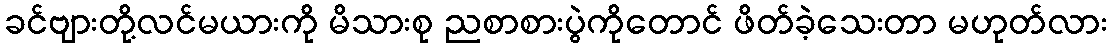
ခင်ဗျားတို့လင်မယားကို မိသားစု ညစာစားပွဲကိုတောင် ဖိတ်ခဲ့သေးတာ မဟုတ်လား